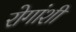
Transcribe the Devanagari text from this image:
रोगांशी